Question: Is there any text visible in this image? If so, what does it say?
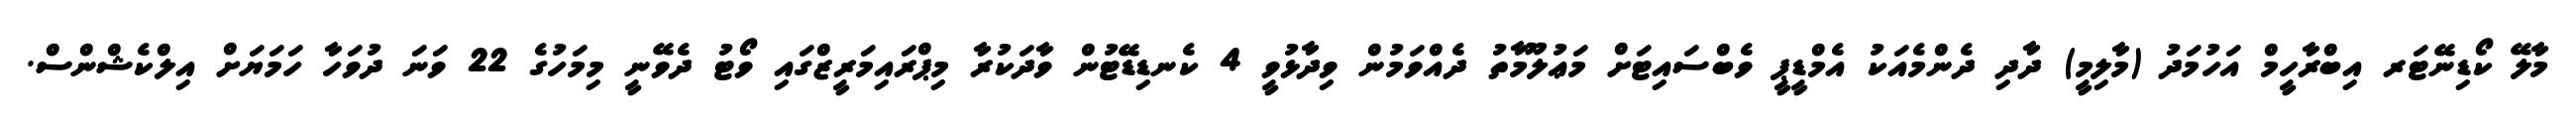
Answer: މާލޭ ކޯޑިނޭޓަރ އިބްރާހީމް އަހުމަދު (މާލިމީ) ދާދި ދެންމެއަކު އެމްޑީޕީ ވެބްސައިޓަށް މަޢުލޫމާތު ދެއްވަމުން ވިދާޅުވީ 4 ކެނޑިޑޭޓުން ވާދަކުރާ މިޕްރައިމަރީޒްގައި ވޯޓު ދެވޭނީ މިމަހުގެ 22 ވަނަ ދުވަހާ ހަމަޔަށް އިލްކެޝްންސް.